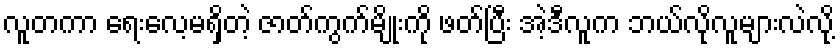
လူတကာ ရေးလေ့မရှိတဲ့ ဇာတ်ကွက်မျိုးကို ဖတ်ပြီး အဲ့ဒီလူက ဘယ်လိုလူများလဲလို့